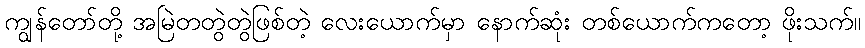
ကျွန်တော်တို့ အမြဲတတွဲတွဲဖြစ်တဲ့ လေးယောက်မှာ နောက်ဆုံး တစ်ယောက်ကတော့ ဖိုးသက်။